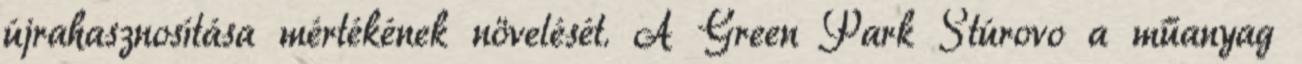
újrahasznosítása mértékének növelését. A Green Park Štúrovo a műanyag